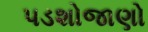
પડશોજાણો